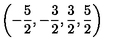
\left( - \frac { 5 } { 2 } , - \frac { 3 } { 2 } , \frac { 3 } { 2 } , \frac { 5 } { 2 } \right) \protect